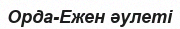
Орда-Ежен әулеті